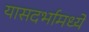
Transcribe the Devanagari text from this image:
यासदर्भामध्ये